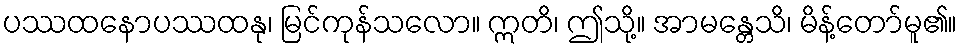
ပဿထနောပဿထနု၊ မြင်ကုန်သလော။ ဣတိ၊ ဤသို့။ အာမန္တေသိ၊ မိန့်တော်မူ၏။